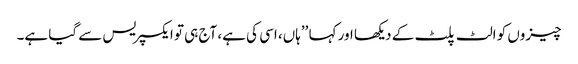
چیزوں کو الٹ پلٹ کے دیکھا اور کہا ’’ہاں، اسی کی ہے، آج ہی تو ایکسپریس سے گیا ہے۔